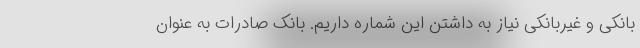
بانکی و غیربانکی نیاز به داشتن این شماره داریم. بانک صادرات به عنوان